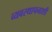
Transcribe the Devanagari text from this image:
व्यवस्थापनाशी